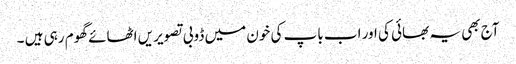
آج بھی یہ بھائی کی اور اب باپ کی خون میں ڈوبی تصویریں اٹھائے گھوم رہی ہیں ۔